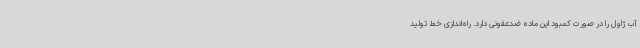
آب ژاول را در صورت کمبود این ماده ضدعفونی دارد. راه‌اندازی خط تولید